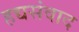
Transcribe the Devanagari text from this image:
हद्यसंवाद